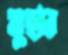
মুছার